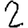
Digit: 2